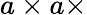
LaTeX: a\times a\times